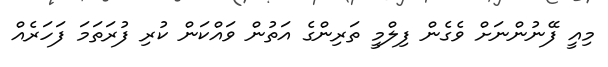
މިއީ ފޭނުންނަށް ވެގެން ފިލްމީ ތަރިންގެ އަތުން ވައްކަން ކުރި ފުރަތަމަ ފަހަރެއް